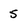
Character: 5